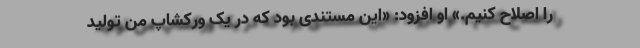
را اصلاح کنیم.» او افزود: «این مستندی بود که در یک ورکشاپ من تولید